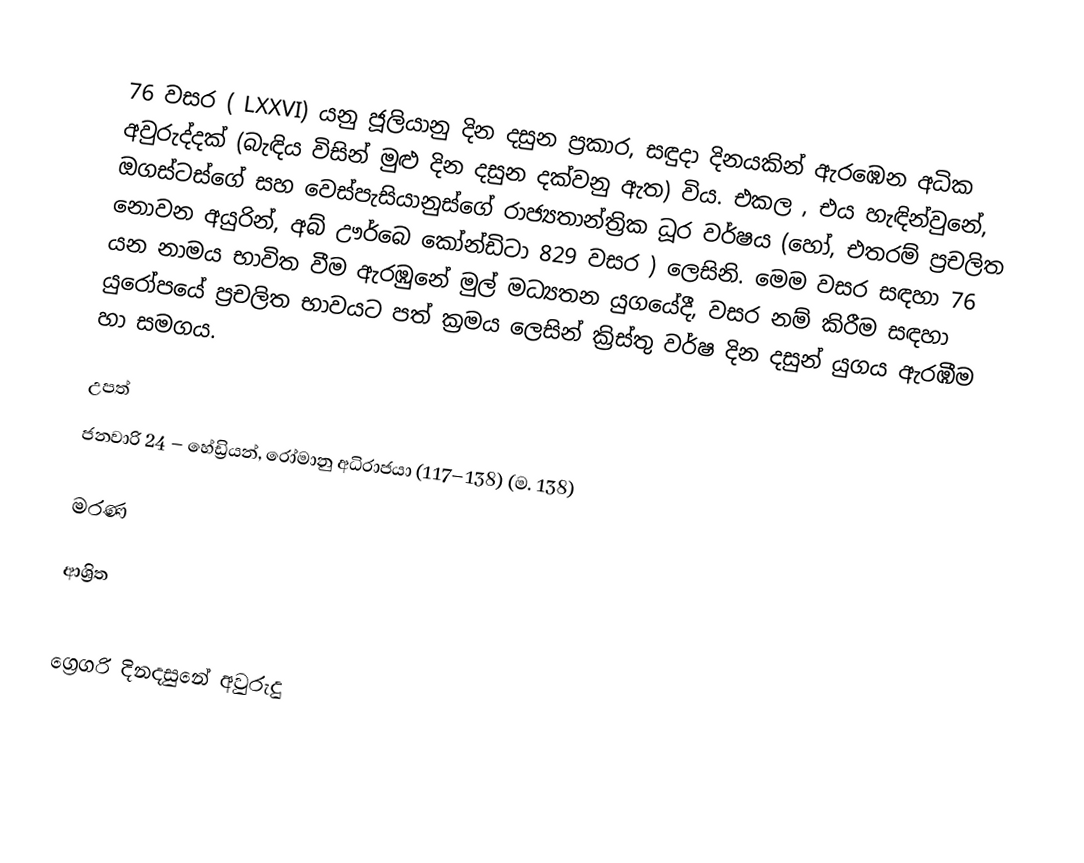

76 වසර ( LXXVI) යනු ජූලියානු දින දසුන ප්‍රකාර,   සඳුදා දිනයකින් ඇරඹෙන අධික අවුරුද්දක් (බැඳිය විසින් මුළු දින දසුන දක්වනු ඇත) විය. එකල ,  එය හැඳින්වුනේ,  ඔගස්ටස්ගේ සහ  වෙස්පැසියානුස්ගේ රාජ්‍යතාන්ත්‍රික  ධූර වර්ෂය (හෝ, එතරම් ප්‍රචලිත නොවන අයුරින්,  අබ් ඌර්බෙ කෝන්ඩිටා 829 වසර  ) ලෙසිනි. මෙම වසර සඳහා 76 යන නාමය භාවිත වීම ඇරඹුනේ මුල් මධ්‍යතන යුගයේදී, වසර නම් කිරීම සඳහා යුරෝපයේ ප්‍රචලිත භාවයට පත් ක්‍රමය ලෙසින් ක්‍රිස්තු වර්ෂ දින දසුන් යුගය ඇරඹීම හා සමගය.

උපත්
 ජනවාරි 24 – හේඩ්‍රියන්, රෝමානු අධිරාජයා (117–138) (ම. 138)

මරණ

ආශ්‍රිත

ග්‍රෙගරි දිනදසුනේ අවුරුදු